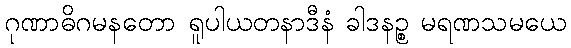
ဂုဏာဓိဂမနတော ရူပါယတနာဒီနံ ခါဒနဉ္စ မရဏသမယေ